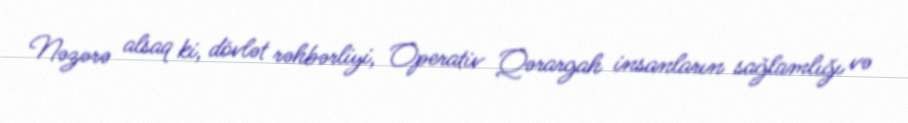
Nəzərə alsaq ki, dövlət rəhbərliyi, Operativ Qərargah insanların sağlamlığı və